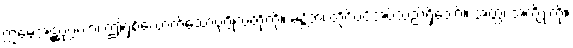
ဣမေအဋ္ဌပုဂ္ဂလာ၊ ဤရှစ်ယောက်သောပုဂ္ဂိုလ်တို့ကို။ မန္တိတံ၊ တိုင်ပင်အပ်သည်ရှိသော်။ အတ္ထံ၊ အကျိုးကို။